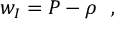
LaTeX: w _ { I } = P - \rho \ \ ,